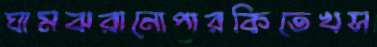
ঘামঝরানোপারকিতেখস